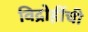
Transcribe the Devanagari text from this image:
विद्रोहींची